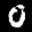
Label: 0